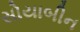
સોયાબીન